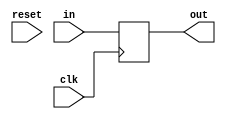
//
// Register
//
// Hardik Sharma
// (hsharma@gatech.edu)

`timescale 1ns/1ps
module register_sync #(
  parameter integer WIDTH                 = 8
) (
  input  wire                             clk,
  input  wire                             reset,
  // input  wire                             enable,
  input  wire        [ WIDTH -1 : 0 ]     in,
  output wire        [ WIDTH -1 : 0 ]     out
);

  reg [ WIDTH -1 : 0 ] out_reg;

  always @(posedge clk)
  begin
    // if (reset)
      // out_reg <= 'b0;
    // else if (enable)
      out_reg <= in;
  end

  assign out = out_reg;

endmodule